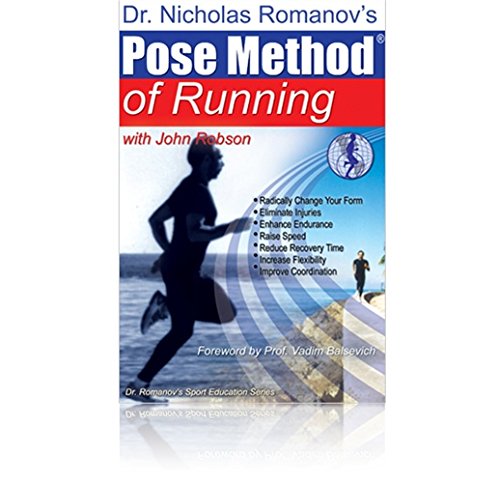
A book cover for Dr. Nicholas Romanov's Pose Method of Running (Dr. Romanov's Sport Education); Nicholas Romanov; Health, Fitness & Dieting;